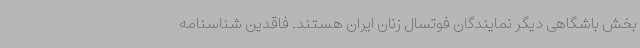
بخش باشگاهی دیگر نمایندگان فوتسال زنان ایران هستند. فاقدین شناسنامه